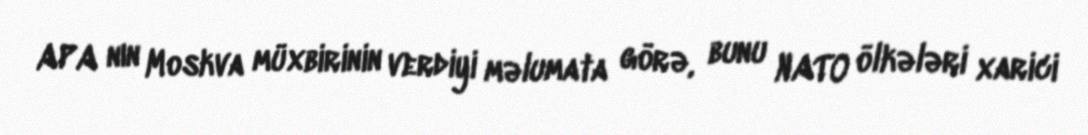
APA nın Moskva müxbirinin verdiyi məlumata görə, bunu NATO ölkələri xarici